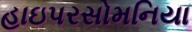
હાઇપરસોમનિયા